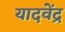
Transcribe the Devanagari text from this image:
यादवेंद्र